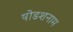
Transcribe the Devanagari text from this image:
षोडशनाम